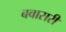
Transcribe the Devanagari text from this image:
बवासरी